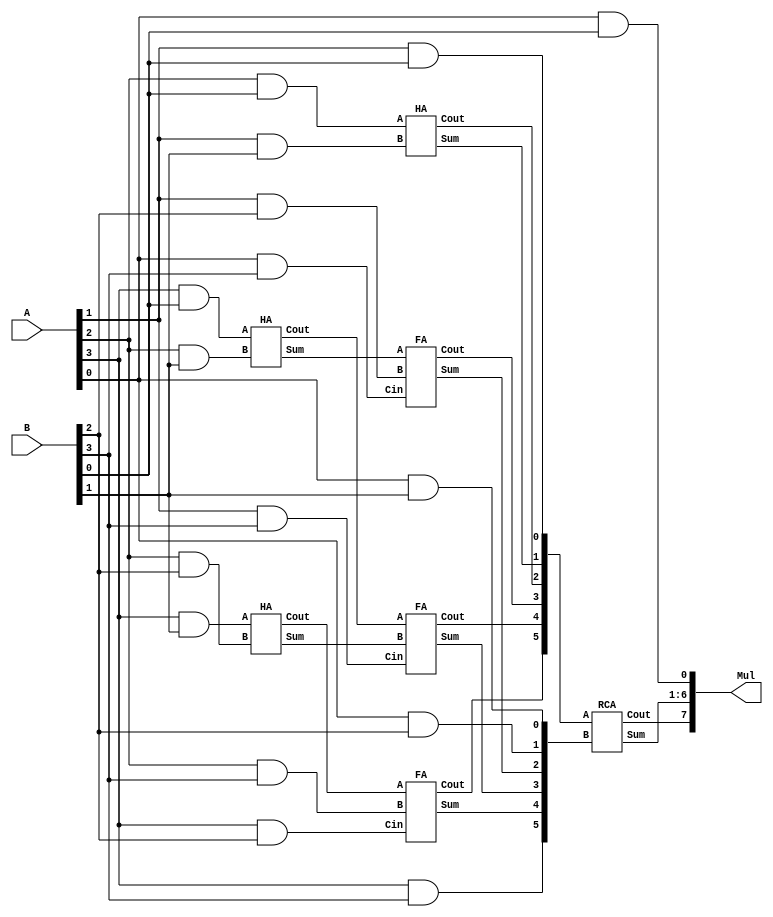
module Dadda (A, B, Mul);

parameter N=4;

input [N-1:0] A;
input [N-1:0] B;
output [2*N-1:0] Mul;
wire Cout;

reg p [N-1:0][N-1:0];

wire w01, w02, w03, w62, w61;
wire [1:0] w11, w51, w12, w13, w23, w33, w43, w53, w63;
wire [2:0] w21, w41, w22, w32, w42, w52;
wire [3:0] w31;


// Initialize all the partial products
integer i,j;

always @(*)
begin

	for(i=0;i<N;i=i+1)
	begin
	
		for(j=0;j<N;j=j+1)
		begin
		
			p[i][j] = A[i] & B[j];
			
		end
	end
end



/*
					Stage 1

																				a3 a2 a1 a0
																		x		b3 b2 b1 b0
														------------------------------------------------------------------------------------
																		   a3b0 a2b0 a1b0 a0b0
																	  a3b1 a2b1 a1b1 a0b1
																 a3b2 a2b2 a1b2 a0b2
							----------------------------------------------------------------------------------------------------------------
															a3b3 a2b3 a1b3 a0b3
								    
---------------------------------------------------------------------------------------------------------------------------------------------
													HA	HA
			
			Stage 2

													w62[0] w52[0] w42[0] w32[0] w22[0] w12 w02		[weight-bit] [stage]
									w92[1] w82[1] w72[1] w62[1] w52[1] w42[1] w32[1] w22[1]
								w122[0] w112[0] w102[0] w92[2] w82[2] w72[2] w62[2] w52[2] w42[2] w32[2]
				----------------------------------------------------------------------------------------------------------------------------								
								w122[1] w112[1] w102[1] w92[3] w82[3] w72[3] w62[3] w52[3]
						w132[0] w122[2] w112[2] w102[2] w92[4] w82[4] w72[4] w62[4]
				w142[0] w132[1] w122[3] w112[3] w102[3] w92[5] w82[5] w72[5]

---------------------------------------------------------------------------------------------------------------------------------------------								
								
								
								
*/



// Stage 1			// [Weight-bit] [Stage]

assign w01 = p[0][0];
assign w02 = w01;

assign w11[0] = p[1][0];
assign w11[1] = p[0][1];
assign w12 = w11;

assign w21[0] = p[2][0];
assign w21[1] = p[1][1];
assign w21[2] = p[0][2];
assign w22 = w21;

assign w31[0] = p[3][0];
assign w31[1] = p[2][1];
assign w31[2] = p[1][2];
assign w31[3] = p[0][3];
HA H1 (w31[0], w31[1], w32[0], w42[0]);
assign w32[1] = w31[2];
assign w32[2] = w31[3];

assign w41[0] = p[3][1];
assign w41[1] = p[2][2];
assign w41[2] = p[1][3];
HA H2 (w41[0], w41[1], w42[1], w52[0]);
assign w42[2] = w41[2];

assign w51[0] = p[2][3];
assign w51[1] = p[3][2];
assign w52[1] = w51[0];
assign w52[2] = w51[1];

assign w61 = p[3][3];
assign w62 = w61;





// Stage 2			// [Weight-bit] [Stage]

assign w03 = w02;

assign w13 = w12;

HA H3 (w22[0], w22[1], w23[0], w33[0]);
assign w23[1] = w22[2];

FA F1 (w32[0], w32[1], w32[2], w33[1], w43[0]);
FA F2 (w42[0], w42[1], w42[2], w43[1], w53[0]);
FA F3 (w52[0], w52[1], w52[2], w53[1], w63[0]);
assign w63[1] = w62;




// 6-bit ripple carry adder for MSB bits

RCA RC0 ({w63[0], w53[0], w43[0], w33[0], w23[0], w13[0]}, {w63[1], w53[1], w43[1], w33[1], w23[1], w13[1]}, Mul[6:1], Mul[7]);

assign Mul[0] = w03;

endmodule


module RCA (A, B, Sum, Cout);
input [5:0] A, B;
output Cout;
output [5:0] Sum;

wire [4:0] C;

HA H60 (A[0], B[0], Sum[0], C[0]);
FA F60 (A[1], B[1], C[0], Sum[1], C[1]);
FA F61 (A[2], B[2], C[1], Sum[2], C[2]);
FA F62 (A[3], B[3], C[2], Sum[3], C[3]);
FA F63 (A[4], B[4], C[3], Sum[4], C[4]);

FA F69 (A[5], B[5], C[4], Sum[5], Cout);

endmodule


// Half_Adder

module HA (A, B, Sum, Cout);
input A, B;
output Sum, Cout;

assign Sum = A ^ B;
assign Cout = A & B;

endmodule


// Full_Adder

module FA(A, B, Cin, Sum, Cout);
input A, B, Cin;
output Sum, Cout;

assign Sum = A ^ B ^ Cin;
assign Cout = ((A ^ B) & Cin) | (A & B);

endmodule